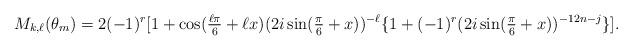
LaTeX: \begin{align*}M_{k, \ell}(\theta_m) = 2 (-1)^r [1 + \cos(\tfrac{\ell \pi}{6} + \ell x)(2 i \sin(\tfrac{\pi}{6} + x))^{-\ell} \{1 + (-1)^r (2 i \sin(\tfrac{\pi}{6} + x))^{-12n-j} \} ].\end{align*}